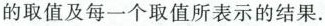
的取值及每一个取值所表示的结果.